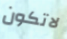
لاتكون